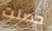
حصلت